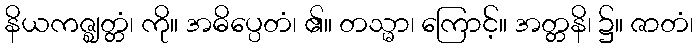
နိယကဇ္ဈတ္တံ၊ ကို။ အဓိပ္ပေတံ၊ ၏။ တသ္မာ၊ ကြောင့်။ အတ္တနိ၊ ၌။ ဇာတံ၊